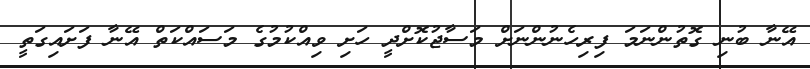
އޭނާ ބުނި ގޮތުންނަމަ ފިރިހެނުންނަށް މަސާޖުކޮށްދީ ހަށި ވިއްކުމުގެ މަސައްކަތް އޭނާ ފަށައިގަތީ